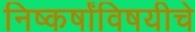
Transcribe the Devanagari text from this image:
निष्कर्षांविषयीचे